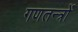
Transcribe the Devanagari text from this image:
गणतन्त्रों